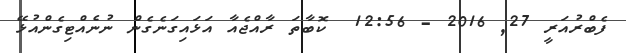
ފެބްރުއަރީ 27